Vital statistics of India. Vol. VI, European troops 1870-79
Year: 1870
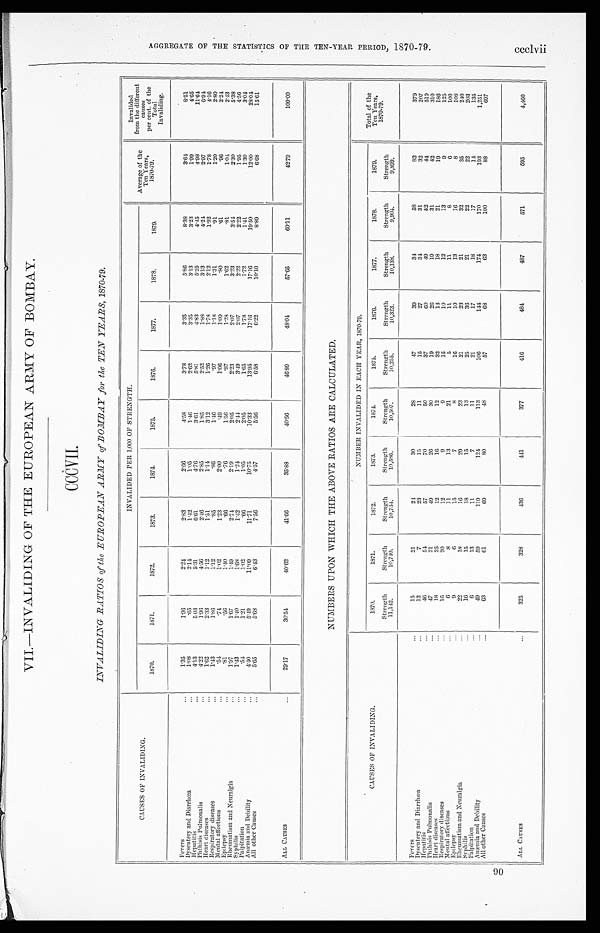
90
VII.—INVALIDING OF THE EUROPEAN ARMY OF BOMBAY.
CCCVII.
INVALIDING RATIOS of the EUROPEAN ARMY of BOMBAY for the TEN YEARS, 1870-79.
CAUSES OF INVALIDING.
INVALIDED PER 1,000 OF STRENGTH.
Average of the
Ten Years,
1870-79.
Invalided
from the different
causes
per cent. of the
Total
Invaliding.
1870.
1871.
1872.
1873.
1874.
1875.
1876.
1877.
1878.
1879.
Fevers
. . .
1 . 3 5
1.96
2 . 2 4
2 . 8 3
2 . 6 6
4 . 5 8
3 . 7 8
3 . 3 5
5 . 8 6
8 . 3 8
3 . 6 4
8 . 5 1
Dysentery and Diarrhœ
...
1.08
.65
2 . 1 4
1 . 4 2
1.05
1 . 4 6
2 . 6 2
3 . 3 5
3 . 1 3
3 . 2 3
1 . 9 9
4.65
Hepatitis
...
4 . 1 3
503
5 . 3 1
6.61
4 . 7 6
3.61
5.81
4 . 8 3
5 . 2 5
4 . 4 5
4.98
1 1 . 6 4
Phthisis Pulmonalis
...
4 . 2 2
1.96
4 . 5 6
2 . 4 6
2 . 8 5
1.85
2 . 5 2
1 . 8 8
3 . 1 3
4 . 2 4
2 . 9 7
6 . 9 4
Heart diseases
...
1 . 6 2
2.33
1.12
1.51
1 . 1 4
3.12
1 . 2 6
1.78
2 . 1 2
1 . 9 2
1 . 7 8
4 . 1 6
Respiratory diseases
. . .
1 . 4 3
1.86
1.12
.85
.86
1 . 4 6
.97
1.18
1.31
.91
1 . 2 0
2 . 8 0
Mental affections
. . .
. 5 4
.74
1 . 0 2
1 . 2 3
2 . 0 0
.49
1 . 0 6
1.09
.80
.61
.96
2.24
Epilepsy
..
.
.81
.56
1.40
.66
.76
1 . 5 6
.97
1.28
1 . 6 2
.81
1 . 0 4
2 . 4 3
Rheumatism and Neuralgia
. . .
1.97
1.67
1.49
2 . 7 4
2.19
2 . 0 5
2 . 2 3
2 . 0 7
3 . 2 3
3 . 5 4
2 . 3 0
5 . 3 8
Syphilis
. . .
1 . 4 3
1.40
1 . 6 8
1 . 4 2
1.24
2 . 4 4
3 . 4 9
2 . 0 7
2 . 2 2
2.22
1.95
4 . 5 6
Palpitation
...
.54
1 . 2 1
1 . 0 2
.66
1.05
2 . 0 5
1.65
1.78
1.72
1 . 4 1
1.30
3 . 0 4
Anæmia and Debility
...
4 . 4 0
5 . 4 9
11.09
11.71
1 0 . 7 5
1 0 . 3 3
1 3 . 9 5
17.16
1 7 . 1 6
1 9 . 5 0
12.00
2 8 . 0 4
All other Causes
. . .
5 . 6 5
5 . 6 8
6 . 4 3
7 . 5 6
4 . 5 7
5.56
6.58
6.22
1 0 . 1 0
8 . 8 9
6.68
1 5 . 6 1
ALL CAUSES
...
2 9 . 1 7
3 0 . 5 4
40.62
4 1 . 6 6
3 5 . 8 8
4 0 . 5 6
4 6 . 8 9
4 8 . 0 4
5 7 . 6 5
6 0 . 1 1
4 2 . 7 9
1 0 0 . 0 0
NUMBERS UPON WHICH THE ABOVE RATIOS ARE CALCULATED.
CAUSES OF INVALIDING.
NUMBER INVALIDED IN EACH YEAR, 1870-79.
Total of the
Ten Years,
1870-79.
1870.
Strength
11,142.
1871.
Strength
10, 740.
1872.
Strength
10,734.
1873.
Strength
10,586.
1874.
Strength
10,507.
1875.
Strength
10,255.
1876.
Strength
10,323.
1877.
Strength
10,138.
1878.
Strength
9,904.
1879.
Strength
9,899.
Fevers
. . .
15
21
2 4
30
28
47
39
34
58
83
379
Dysentery and Diarrhœ
...
12
7
23
15
11
15
27
3 4
31
32
207
Hepatitis
...
4 6
5 4
57
70
50
37
60
49
52
4 4
519
Phthisis Pulmonalis
...
47
21
49
26
30
19
26
19
31
42
310
Heart diseases
. . .
18
25
12
16
12
32
13
18
21
19
186
Respiratory diseases
. . .
16
20
12
9
9
15
10
12
13
9
125
Mental affections
. . .
6
8
11
13
21
5
11
11
8
6
100
Epilepsy
...
9
6
15
7
8
16
10
13
16
8
1 0 8
Rheumatism and Neuralgia
. . .
22
18
16
29
23
21
23
21
32
35
240
Syphilis
...
16
15
18
15
13
25
36
21
22
22
203
Palpitation
...
6
13
11
7
11
21
17
18
17
14
135
Anæmia and Debility
. . .
49
59
119
124
113
106
144
174
170
193
1,251
All other Causes
...
63
61
69
80
48
57
68
63
100
88
697
ALL CAUSES
. . .
325
328
436
441
377
416
484
487
571
595
4,460
A G G R E G A T E O F T H E S T A T I S T I C S O F T H E T E N - Y E A R P E R I O D , 1 8 7 0 - 7 9 . c c c l v i i